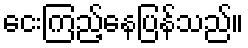
ငေးကြည့်နေပြန်သည်။